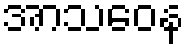
အာသဝေန